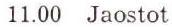
11.00 Jaostot